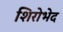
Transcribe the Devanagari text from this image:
शिरोभेद